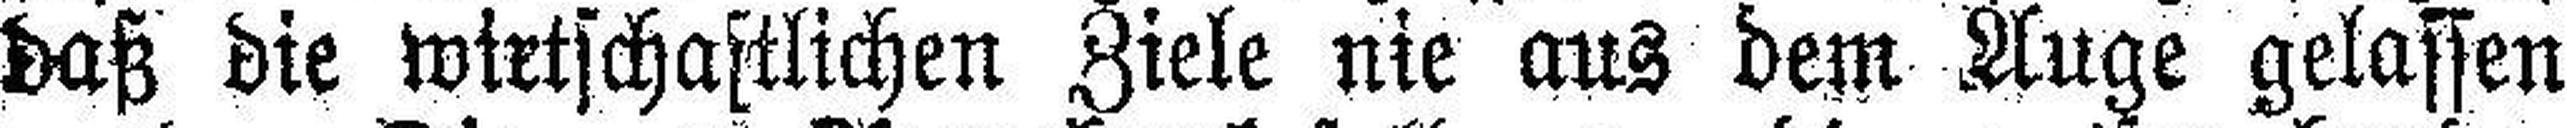
daß die wirtschaftlichen Ziele nie aus dem Auge gelassen